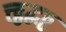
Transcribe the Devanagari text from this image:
त्त्ठ्ठद्धठ्ठ